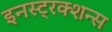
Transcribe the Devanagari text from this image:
इनस्ट्रक्शन्स